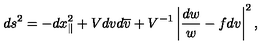
d s ^ { 2 } = - d x _ { \parallel } ^ { 2 } + V d v d \overline { v } + V ^ { - 1 } \left| \frac { d w } { w } - f d v \right| ^ { 2 } ,